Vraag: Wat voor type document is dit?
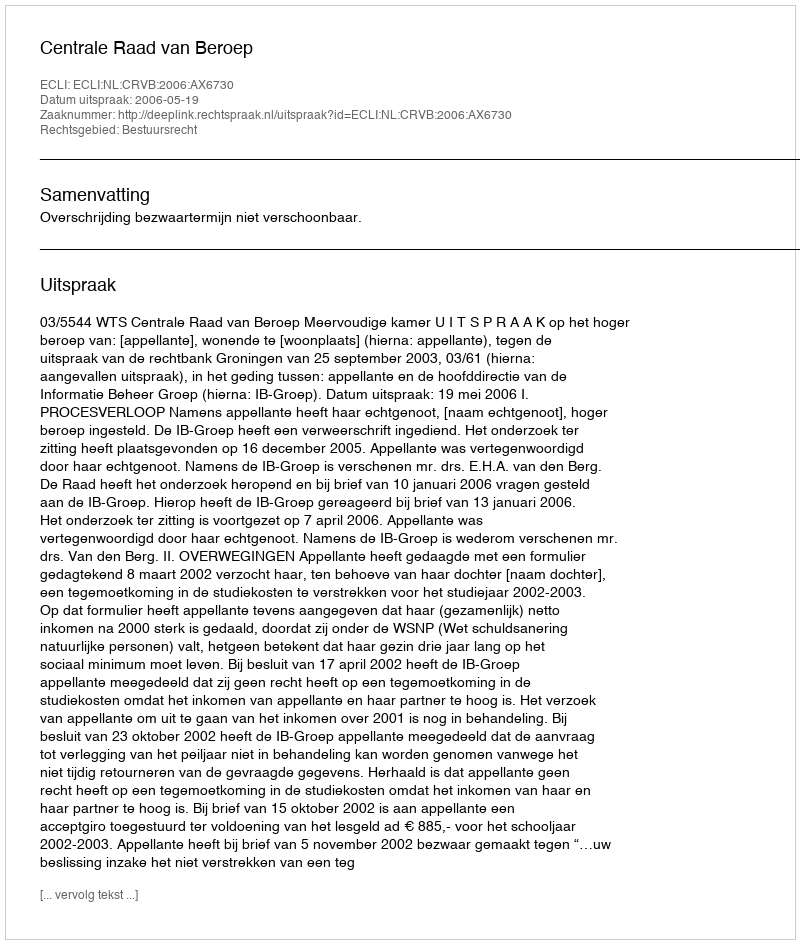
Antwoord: Uitspraak